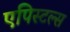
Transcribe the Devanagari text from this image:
एपिस्टल्स